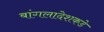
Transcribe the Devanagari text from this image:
बांगलादेशकडे